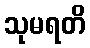
သုမရတိ